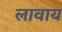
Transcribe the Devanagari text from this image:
लावाय